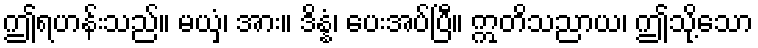
ဤရဟန်းသည်။ မယှံ၊ အား။ ဒိန္နံ၊ ပေးအပ်ပြီ။ ဣတိသညာယ၊ ဤသို့သော